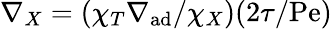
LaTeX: \nabla_{X}=(\chi_{T}\nabla_{\mathrm{ad}}/\chi_{X})(2\tau/\mathrm{Pe})